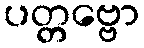
ပတ္တဗ္ဗော